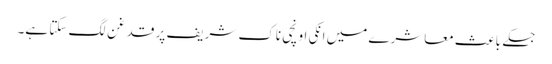
جسکے باعث معاشرے میں انکی اونچی ناک شریف پر قدغن لگ سکتا ہے۔